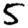
Digit: 5